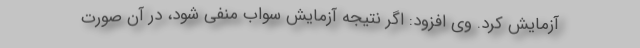
آزمایش کرد. وی افزود: اگر نتیجه آزمایش سواب منفی شود، در آن صورت